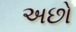
અછો